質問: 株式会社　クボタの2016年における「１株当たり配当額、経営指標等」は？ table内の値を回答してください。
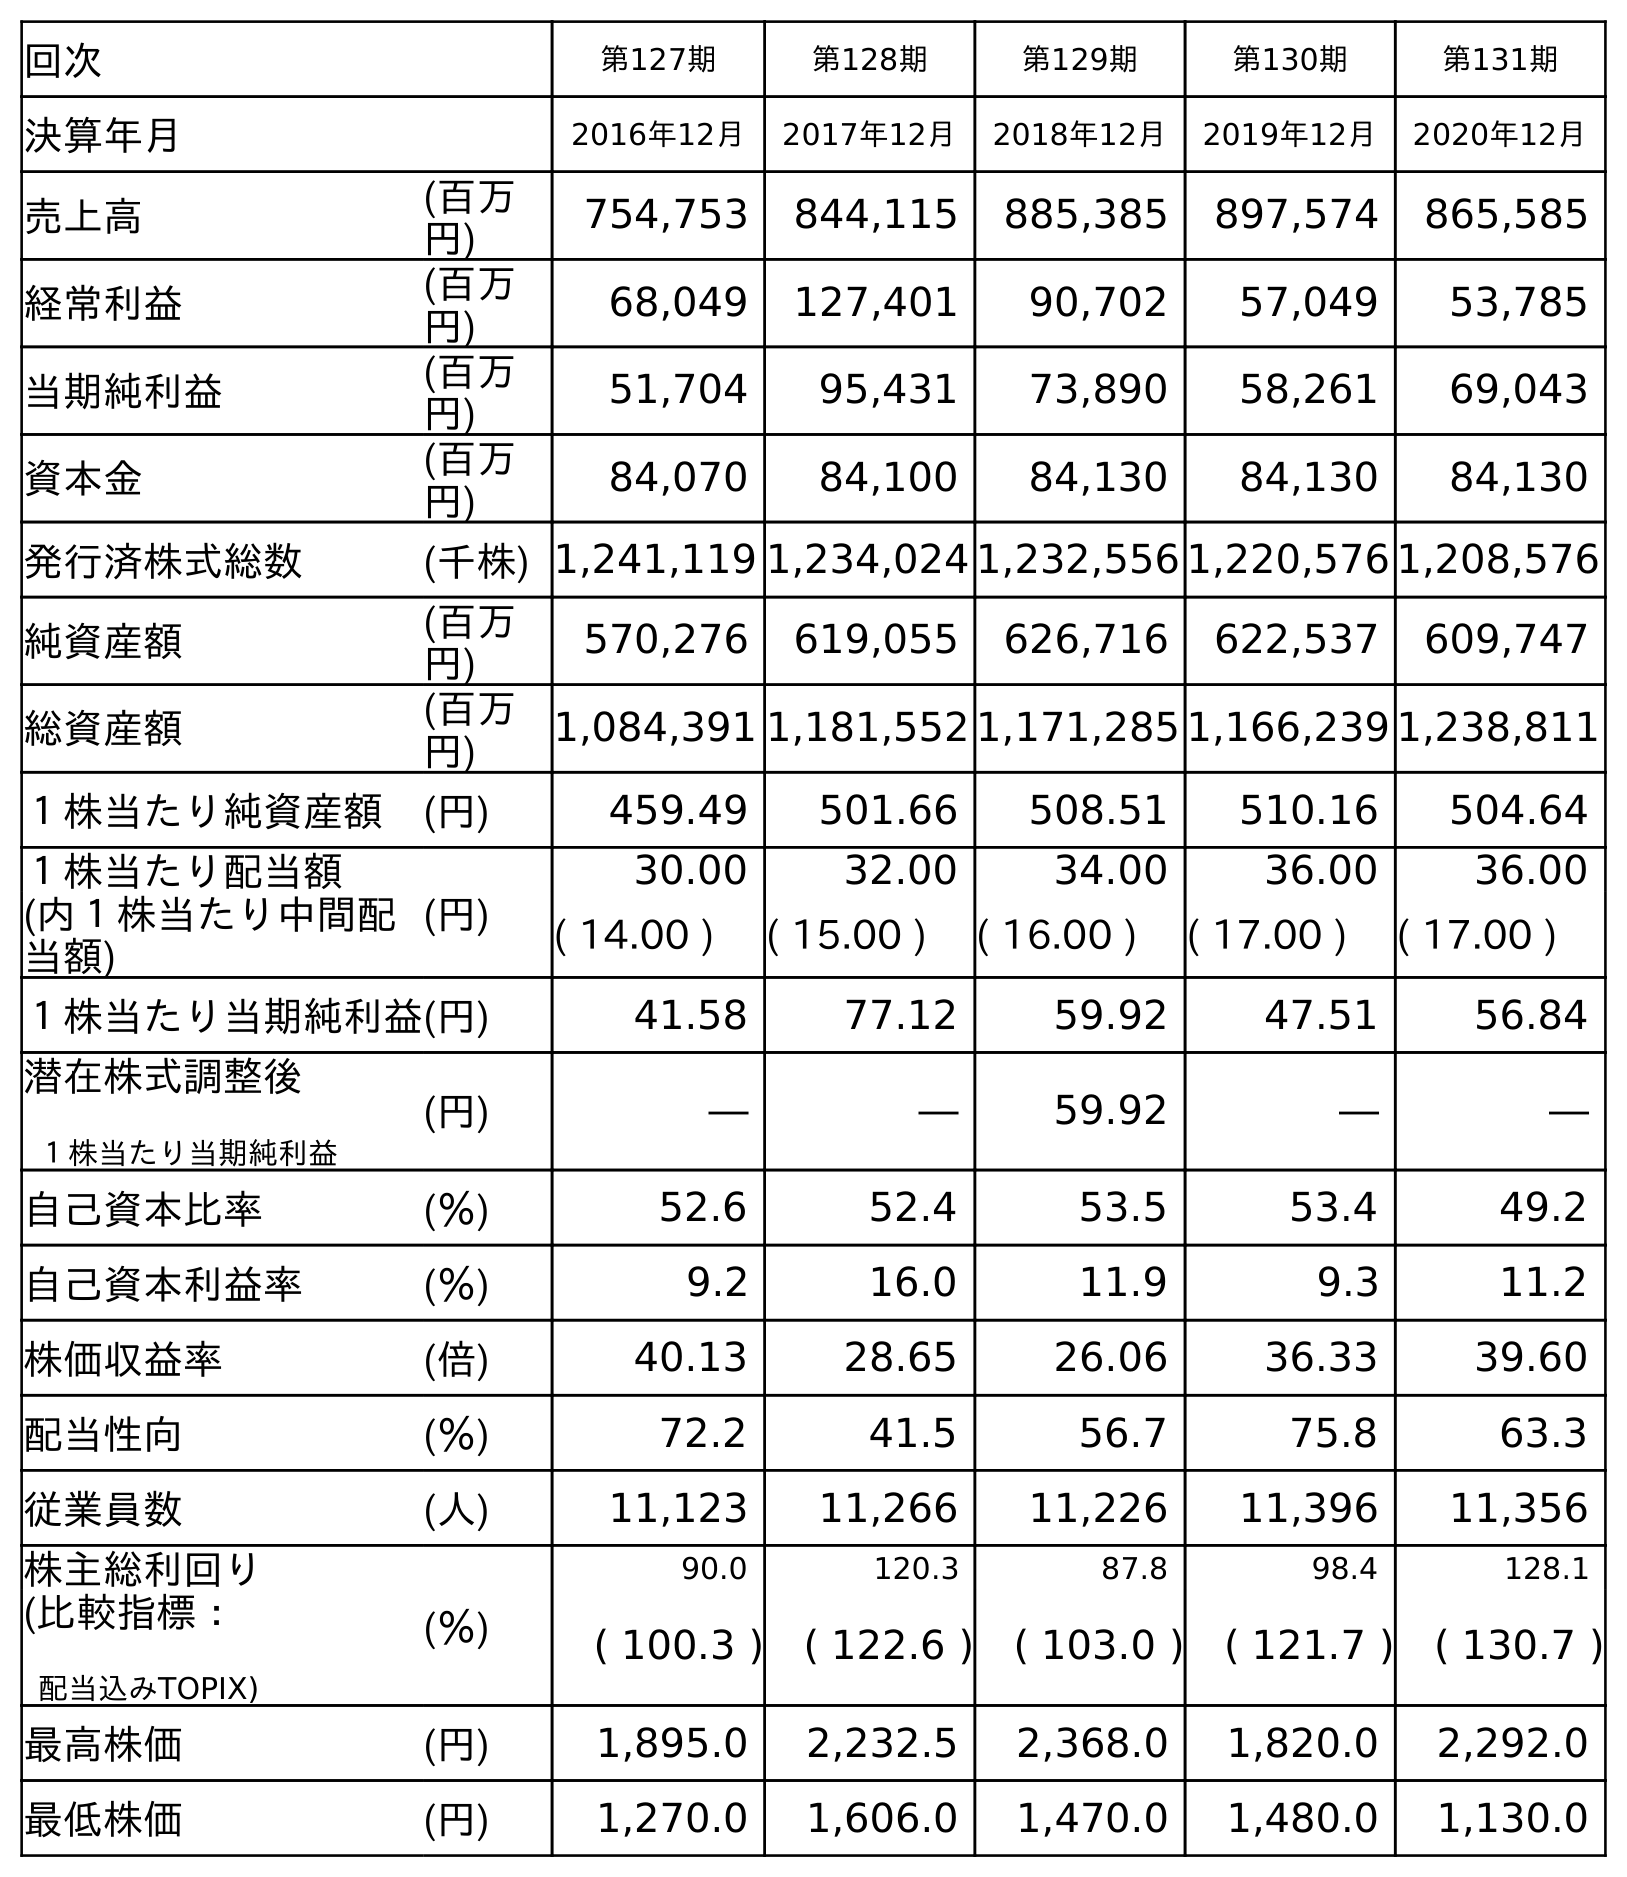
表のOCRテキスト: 回次 第127期 第128期 第129期 第130期 第131期 決算年月 2016年12月 2017年12月 2018年12月 2019年12月 2020年12月 売上高 (百万 円) 754,753 844,115 885,385 897,574 865,585 経常利益 (百万 円) 68,049 127,401 90,702 57,049 53,785 当期純利益 (百万 円) 51,704 95,431 73,890 58,261 69,043 資本金 (百万 円) 84,070 84,100 84,130 84,130 84,130 発行済株式総数 (千株) 1,241,119 1,234,024 1,232,556 1,220,576 1,208,576 純資産額 (百万 円) 570,276 619,055 626,716 622,537 609,747 総資産額 (百万 円) 1,084,391 1,181,552 1,171,285 1,166,239 1,238,811 １株当たり純資産額 (円) 459.49 501.66 508.51 510.16 504.64 １株当たり配当額 (円) 30.00 32.00 34.00 36.00 36.00 (内１株当たり中間配 当額) ( 14.00 ) ( 15.00 ) ( 16.00 ) ( 17.00 ) ( 17.00 ) １株当たり当期純利益(円) 41.58 77.12 59.92 47.51 56.84 潜在株式調整後 １株当たり当期純利益 (円) ― ― 59.92 ― ― 自己資本比率 (％) 52.6 52.4 53.5 53.4 49.2 自己資本利益率 (％) 9.2 16.0 11.9 9.3 11.2 株価収益率 (倍) 40.13 28.65 26.06 36.33 39.60 配当性向 (％) 72.2 41.5 56.7 75.8 63.3 従業員数 (人) 11,123 11,266 11,226 11,396 11,356 株主総利回り (％) 90.0 120.3 87.8 98.4 128.1 (比較指標： 配当込みTOPIX) ( 100.3 ) ( 122.6 ) ( 103.0 ) ( 121.7 ) ( 130.7 ) 最高株価 (円) 1,895.0 2,232.5 2,368.0 1,820.0 2,292.0 最低株価 (円) 1,270.0 1,606.0 1,470.0 1,480.0 1,130.0
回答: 30.00